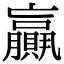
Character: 𦢼